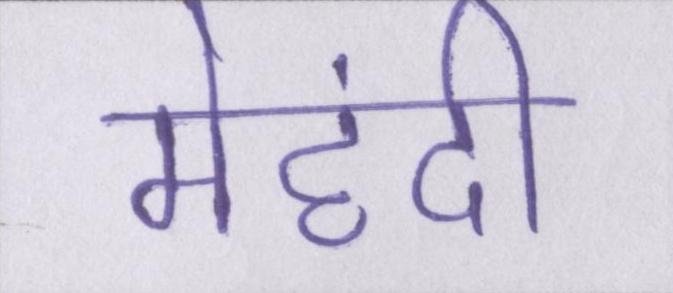
मेहंदी